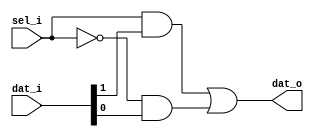
// This program was cloned from: https://github.com/steveicarus/ivtest
// License: GNU General Public License v2.0

`timescale 1 ps / 1 ps

module mux_2_to_1
  (
    input sel_i,
    input [1:0] dat_i,
    output dat_o
  );

  assign dat_o = sel_i && dat_i[1] || ~sel_i && dat_i[0];

endmodule

module mux_n_to_1
  #(
    parameter sel_w = 4,
    parameter n_inputs = 2**sel_w
  )
  (
    input [n_inputs-1:0] inputs_i,
    input [sel_w-1:0] sel_i,
    output output_o
  );

  genvar i,j;
  generate
  if(sel_w == 1) begin
    mux_2_to_1 mux_simple
      (
        .sel_i(sel_i),
        .dat_i(inputs_i),
        .dat_o(output_o)
      );
  end else begin
    wire [n_inputs-2:0] inter_w;

    for(i=0; i<sel_w; i=i+1) begin : SELECT_STAGE
      if(i==0) begin
        for(j=0; j<n_inputs/2; j=j+1) begin : FIRST_STAGE
          mux_2_to_1 mux_first_stage
            (
              .sel_i(sel_i[i]),
              .dat_i(inputs_i[2*j+1:2*j]),
              .dat_o(inter_w[j])
            );
        end
      end else begin
        for(j=0; j<(n_inputs/(2**(i+1))); j=j+1) begin : INTERMEDIARY_STAGE
          mux_2_to_1 mux_intermediary_stages
            (
              .sel_i(sel_i[i]),
              .dat_i(inter_w[ (n_inputs/(2**(i-1)))*((2**(i-1))-1) + 2*j + 1 : (n_inputs/(2**(i-1)))*((2**(i-1))-1) + 2*j ]),
              .dat_o(inter_w[ (n_inputs/(2**i))*((2**i)-1) + j ])
            );
        end
      end
    end
    assign output_o = inter_w[ (n_inputs/(2**(sel_w-1)))*((2**(sel_w-1))-1) ];
  end
  endgenerate
endmodule

module top;
  parameter sel_wid = 3;
  parameter num_inputs = 2**sel_wid;

  reg [num_inputs-1:0] in;
  reg [sel_wid-1:0] sel;
  wire out;
  integer lp;
  reg pass;

  mux_n_to_1
    #(
      .sel_w(sel_wid),
      .n_inputs(num_inputs)
     )
     dut
     (
       .inputs_i(in),
       .sel_i(sel),
       .output_o(out)
     );

  initial begin
    pass = 1'b1;

    for (lp = 0; lp < num_inputs; lp = lp + 1) begin
      sel = lp;
      in = 2**lp;
      $display("Checking input %0d;", sel);
      #1;
      if (out !== 1'b1) begin
        $display("  Failed input high (%b), got %b", in, out);
        pass = 1'b0;
      end
      in = ~in;
      #1;
      if (out !== 1'b0) begin
        $display("  Failed input low (%b), got %b", in, out);
        pass = 1'b0;
      end
    end

    if (pass) $display("PASSED");
  end
endmodule